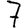
Digit: 7